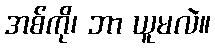
အစ်ကို၊ ဘာ ယူမလဲ။